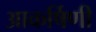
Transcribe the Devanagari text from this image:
आकर्षिणी